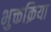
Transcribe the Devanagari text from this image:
भुक्तक्रिया